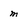
Character: m